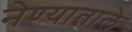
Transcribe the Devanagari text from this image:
नेण्याताले